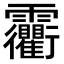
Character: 𩇐